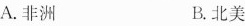
A.非洲 B.北美